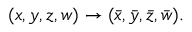
( x , y , z , w ) \to ( \bar { x } , \bar { y } , \bar { z } , \bar { w } ) .